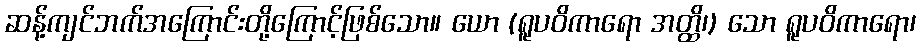
ဆန့်ကျင်ဘက်အကြောင်းတို့ကြောင့်ဖြစ်သော။ ယော (ရူပဝိကာရော အတ္ထိ၊) သော ရူပဝိကာရော၊